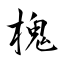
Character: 槐